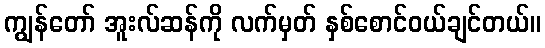
ကျွန်တော် အူးလ်ဆန်ကို လက်မှတ် နှစ်စောင်ဝယ်ချင်တယ်။